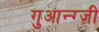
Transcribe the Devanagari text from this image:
गुआन्ग्ज़ी